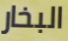
البخار